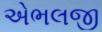
એભલજી